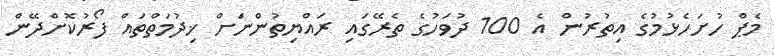
މެޕް ހުށަހެޅުމުގެ އިތުރުން އެ 100 ދުވަހުގެ ތެރޭގައި ރައްޔިތުންނަށް ޚިދުމަތްތައް ފޯރުކޮށްދޭން